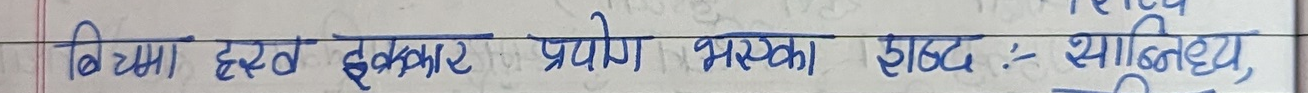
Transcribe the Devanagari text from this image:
विषय ह्रस्व इकार प्रयोग भएका शब्द :- थालिन्छ,